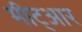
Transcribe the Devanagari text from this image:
मीट्आर